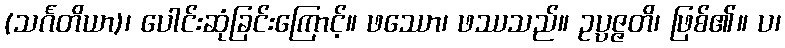
(သင်္ဂတိယာ)၊ ပေါင်းဆုံခြင်းကြောင့်။ ဖဿော၊ ဖဿသည်။ ဥပ္ပဇ္ဇတိ၊ ဖြစ်၏။ ပ၊